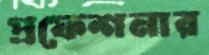
প্রফেশনার